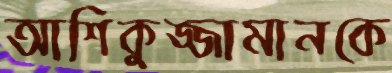
আশিকুজ্জামানকে